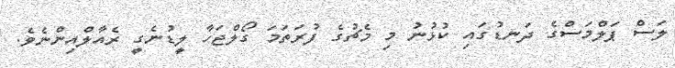
ލަސް ޕަލްމަސްގެ ދަނޑުގައި ކުޅުނު މި މެޗުގެ ފުރަތަމަ ގޯލްޖަހާ ލީޑުނެގީ ރެއާލްއިންނެވެ.